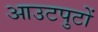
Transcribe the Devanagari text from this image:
आउटपुटों